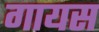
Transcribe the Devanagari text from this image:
गायस